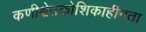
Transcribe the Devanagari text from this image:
कणीश्वेतकोशिकाहीनता